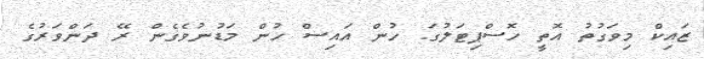
ޒައިކް މިވަގުތު އޮތީ ހޮސްޕިޓަލުގަ. ހުން އައިސް ހުން މަޑުނުވެގެން ރޭ ދަންވަރުގެ